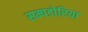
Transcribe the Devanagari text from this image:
सम्पडोरिया